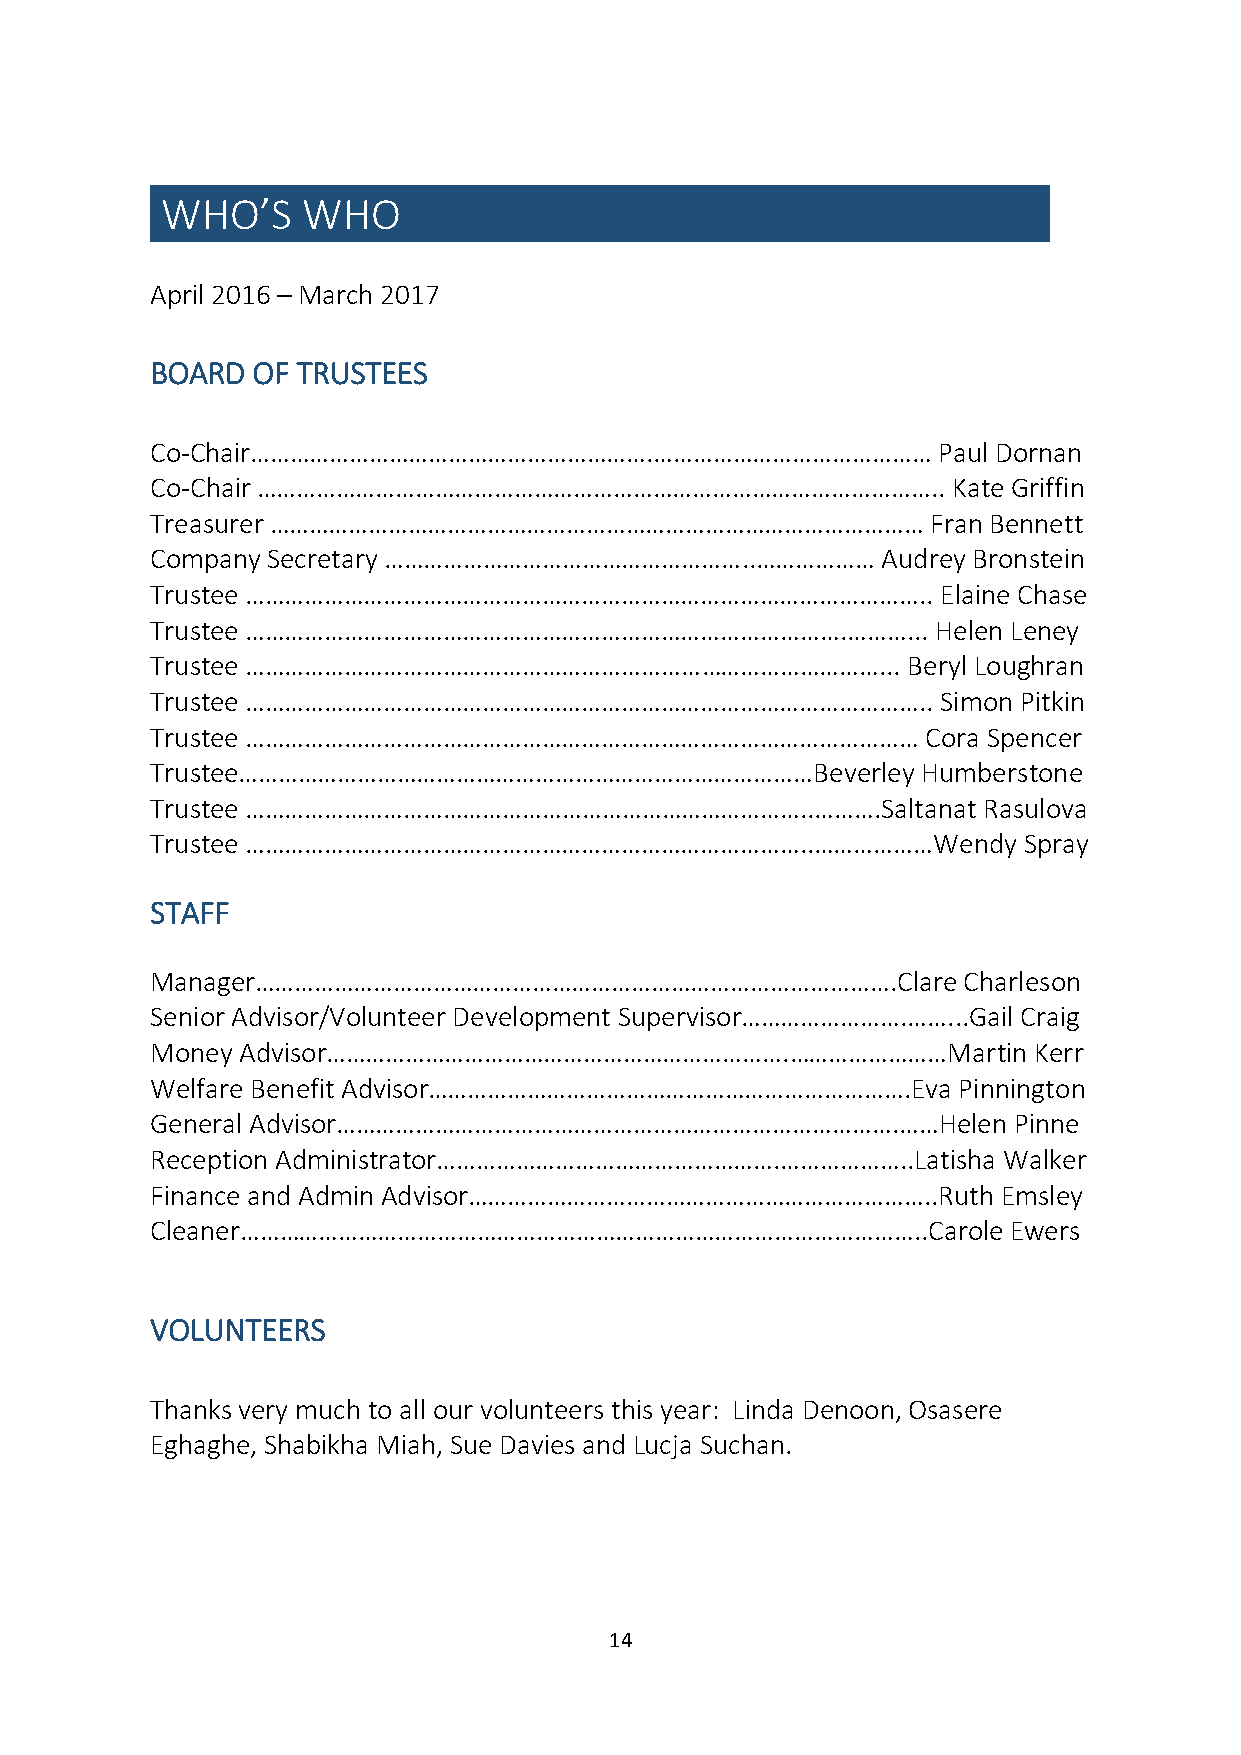
WHO’S    WHO
 April 2016 – March 2017
 BOARD  OF TRUSTEES
 Co-Chair…………………………………………………….……………………………………         Paul Dornan
 Co-Chair …………………………………………………………………………………………..        Kate Griffin
 Treasurer ………………………………………………………………………………………         Fran Bennett
 Company Secretary ………………………………………………..………………    Audrey Bronstein
 Trustee …………………………………………………………………………………………..        Elaine Chase
 Trustee ……………………………………………………………………………….………...       Helen Leney
 Trustee ……………………………………………………………………………………...       Beryl Loughran
 Trustee …………………………………………………………………………………………..        Simon Pitkin
 Trustee …………………………………………………………………………………………         Cora Spencer
 Trustee……………………………………………………………………………Beverley       Humberstone
 Trustee …………………………………………………………………………..……….Saltanat     Rasulova
 Trustee …………………………………………………………………………..………………Wendy         Spray
 STAFF
 Manager…………………………………………………………………………………….Clare         Charleson
 Senior Advisor/Volunteer Development Supervisor…………………….……...Gail Craig
 Money Advisor…………………………………………………………….……………………Martin       Kerr
 Welfare Benefit Advisor……………………………………………………………….Eva  Pinnington
 General Advisor………………………………………………………………………….……Helen      Pinne
 Reception Administrator…………………………………………….………………..Latisha Walker
 Finance and Admin Advisor……………………………………………………………..Ruth  Emsley
 Cleaner…………………………………………………………………………………………..Carole        Ewers
 VOLUNTEERS
 Thanks very much to all our volunteers this year: Linda Denoon, Osasere
 Eghaghe, Shabikha Miah, Sue Davies and Lucja Suchan.
 14